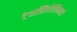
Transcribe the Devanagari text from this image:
टेमसिरोलिमस